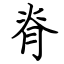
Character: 脊